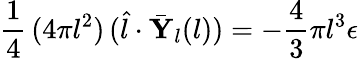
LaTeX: \frac{1}{4}\, (4\pi l^{2})\, (\hat{l}\cdot\bar{\mathbf{Y}}_{l}(l))=-\frac{4}{3}\pi l^{3}\epsilon